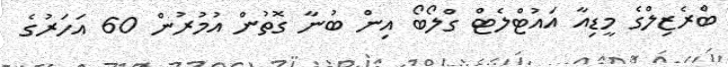
ބްރެޒިލްގެ މީޑިއާ އައުޓްލެޓް ގްލޯބޯ އިން ބުނާ ގޮތުން އުމުރުން 60 އަހަރުގެ